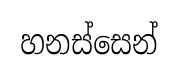
හනස්සෙන්